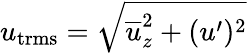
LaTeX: u_{\mathrm{trms}}=\sqrt{\overline{{u}}_{z}^{2}+(u^{\prime})^{2}}